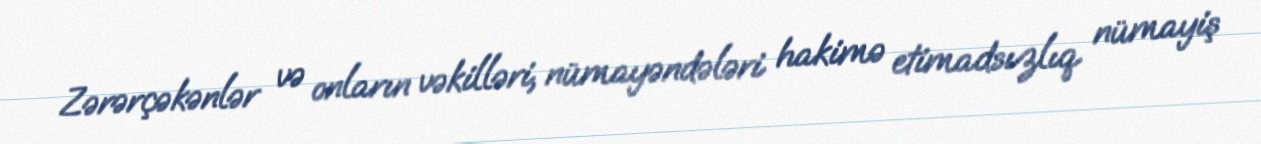
Zərərçəkənlər və onların vəkilləri, nümayəndələri hakimə etimadsızlıq nümayiş